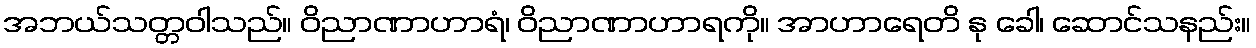
အဘယ်သတ္တဝါသည်။ ဝိညာဏာဟာရံ၊ ဝိညာဏာဟာရကို။ အာဟာရေတိ နု ခေါ၊ ဆောင်သနည်း။